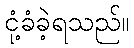
ငုံ့ခံခဲ့ရသည်။